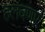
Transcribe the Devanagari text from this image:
हलवणार